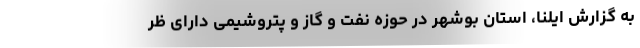
به گزارش ایلنا، استان بوشهر در حوزه نفت و گاز و پتروشیمی دارای ظر